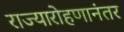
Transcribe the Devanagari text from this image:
राज्यारोहणानंतर